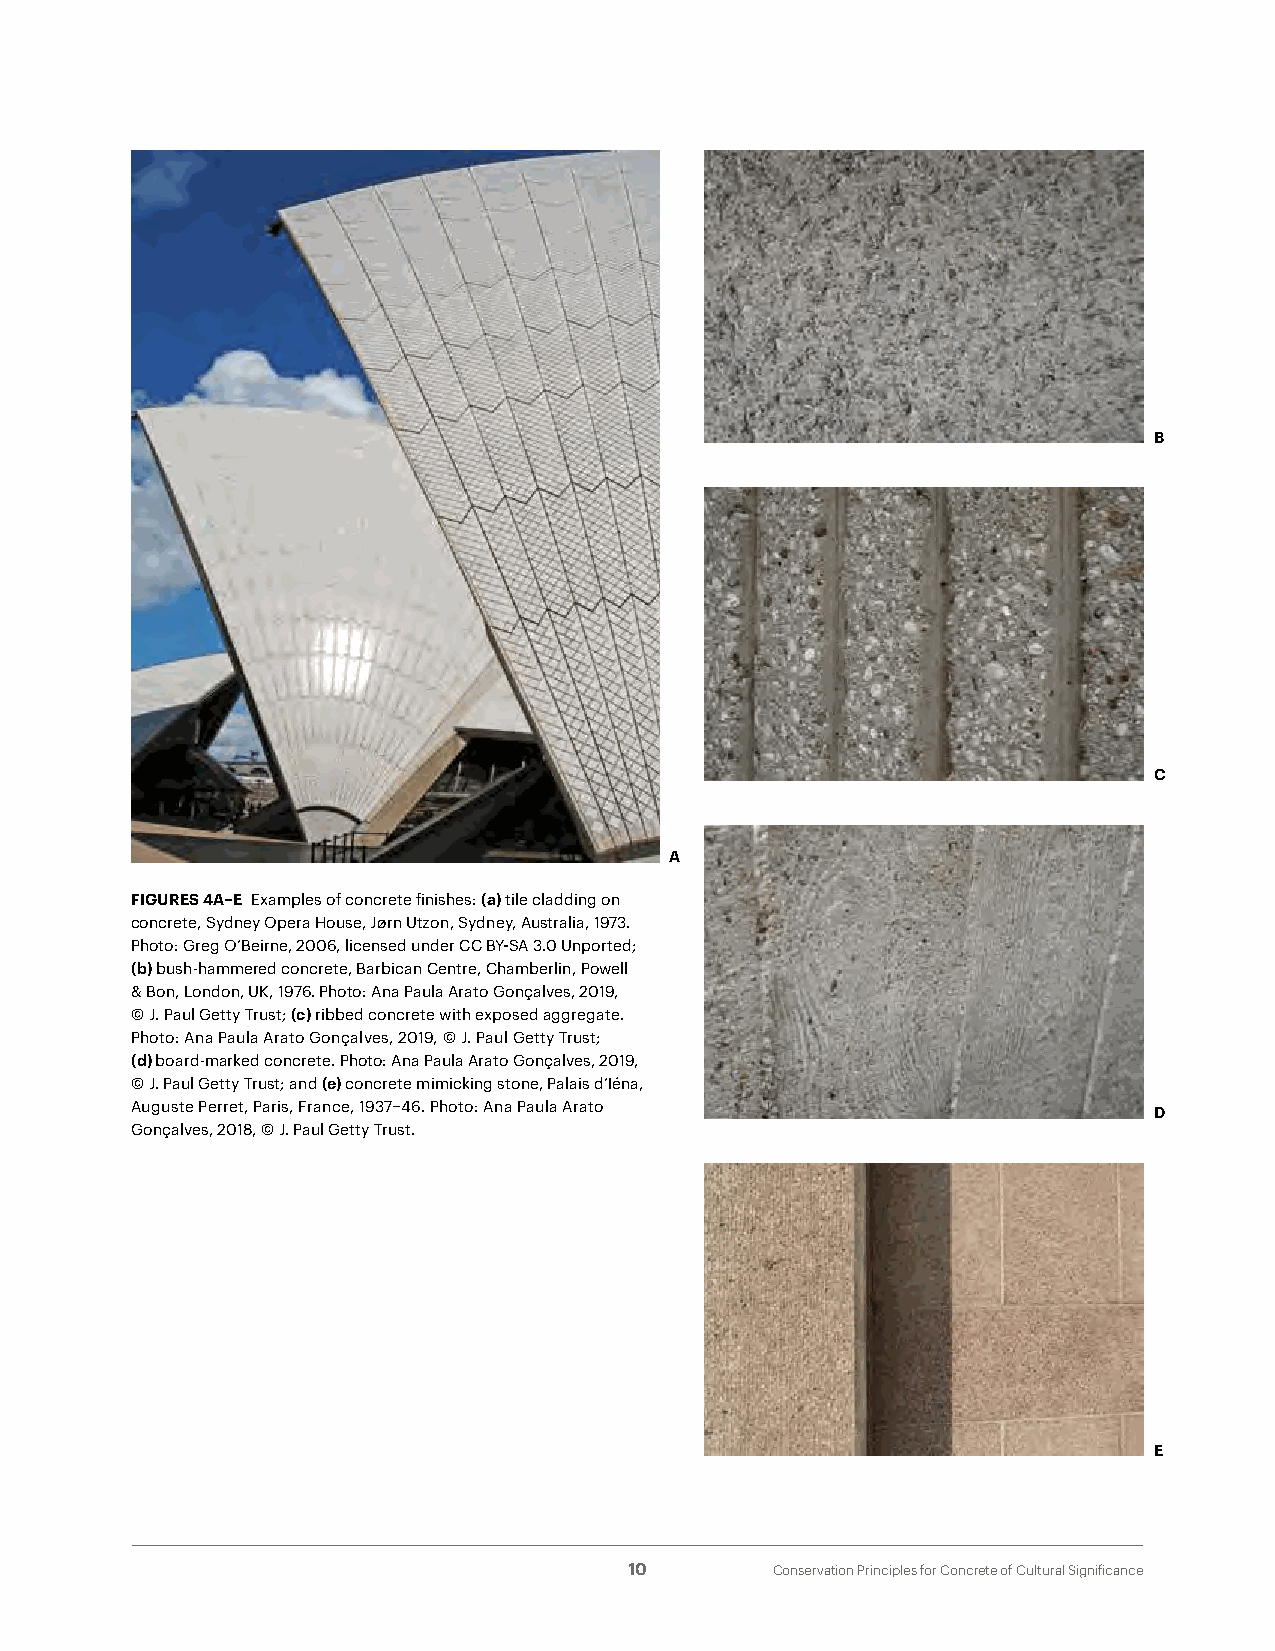
B
 C
 A
 FIGURES 4A–E Examples of concrete finishes: (a) tile cladding on
 concrete, Sydney Opera House, Jørn Utzon, Sydney, Australia, 1973.
 Photo: Greg O’Beirne, 2006, licensed under CC BY-SA 3.0 Unported;
 (b) bush-hammered concrete, Barbican Centre, Chamberlin, Powell
 & Bon, London, UK, 1976. Photo: Ana Paula Arato Gonçalves, 2019,
 © J. Paul Getty Trust; (c) ribbed concrete with exposed aggregate.
 Photo: Ana Paula Arato Gonçalves, 2019, © J. Paul Getty Trust;
 (d) board-marked concrete. Photo: Ana Paula Arato Gonçalves, 2019,
 © J. Paul Getty Trust; and (e) concrete mimicking stone, Palais d’Iéna,
 Auguste Perret, Paris, France, 1937–46. Photo: Ana Paula Arato
 D
 Gonçalves, 2018, © J. Paul Getty Trust.
 E
 10       Conservation Principles for Concrete of Cultural Significance